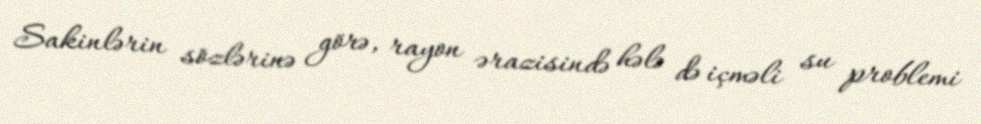
Sakinlərin sözlərinə görə, rayon ərazisində hələ də içməli su problemi